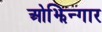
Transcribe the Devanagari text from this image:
ओझिन्गार